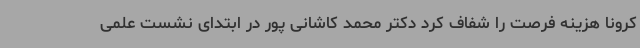
کرونا هزینه فرصت را شفاف کرد دکتر محمد کاشانی پور در ابتدای نشست علمی